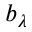
b _ { \lambda }